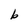
Character: b